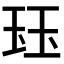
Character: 𤤴